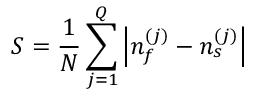
S = \frac { 1 } { N } \sum _ { j = 1 } ^ { Q } \left| { n _ { f } ^ { ( j ) } - n _ { s } ^ { ( j ) } } \right|